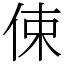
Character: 㑛